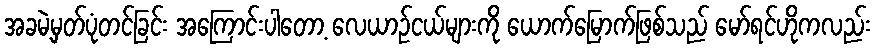
အခမဲ့မှတ်ပုံတင်ခြင်း အကြောင်းပါတော့ လေယာဉ်ငယ်များကို ယောက်မြောက်ဖြစ်သည် မော်ရင်ဟိုကလည်း